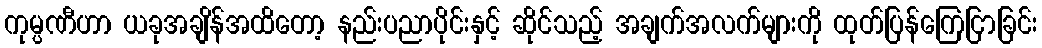
ကုမ္ပဏီဟာ ယခုအချိန်အထိတော့ နည်းပညာပိုင်းနှင့် ဆိုင်သည့် အချက်အလက်များကို ထုတ်ပြန်ကြေငြာခြင်း